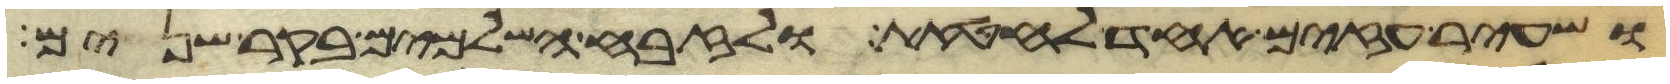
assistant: ושעיר עזים אחד לחטאת ולזבח השלמים בקר שנים